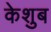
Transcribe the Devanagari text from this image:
केशुब